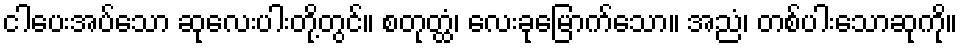
ငါပေးအပ်သော ဆုလေးပါးတို့တွင်။ စတုတ္ထံ၊ လေးခုမြောက်သော။ အညံ၊ တစ်ပါးသောဆုကို။